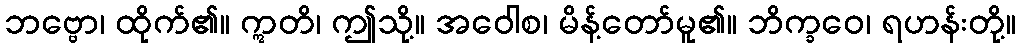
ဘဗ္ဗော၊ ထိုက်၏။ ဣတိ၊ ဤသို့။ အဝေါစ၊ မိန့်တော်မူ၏။ ဘိက္ခဝေ၊ ရဟန်းတို့။